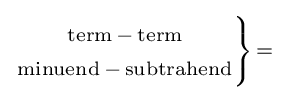
\scriptstyle \left.{\begin{matrix}\scriptstyle {\text{term}}\,-\,{\text{term}}\\\scriptstyle {\text{minuend}}\,-\,{\text{subtrahend}}\end{matrix}}\right\}\,=